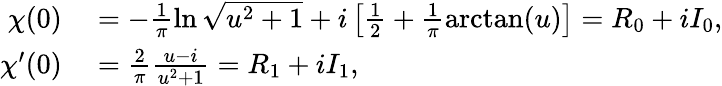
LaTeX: \begin{array}{rl}{\chi(0)}&{{}=-\frac{1}{\pi}\ln\sqrt{u^{2}+1}+i\left[\frac{1}{2}+\frac{1}{\pi}\arctan(u)\right]=R_{0}+iI_{0},}\\ {\chi^{\prime}(0)}&{{}=\frac{2}{\pi}\frac{u-i}{u^{2}+1}=R_{1}+iI_{1},}\end{array}